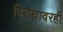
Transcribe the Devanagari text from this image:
विरोधावरही